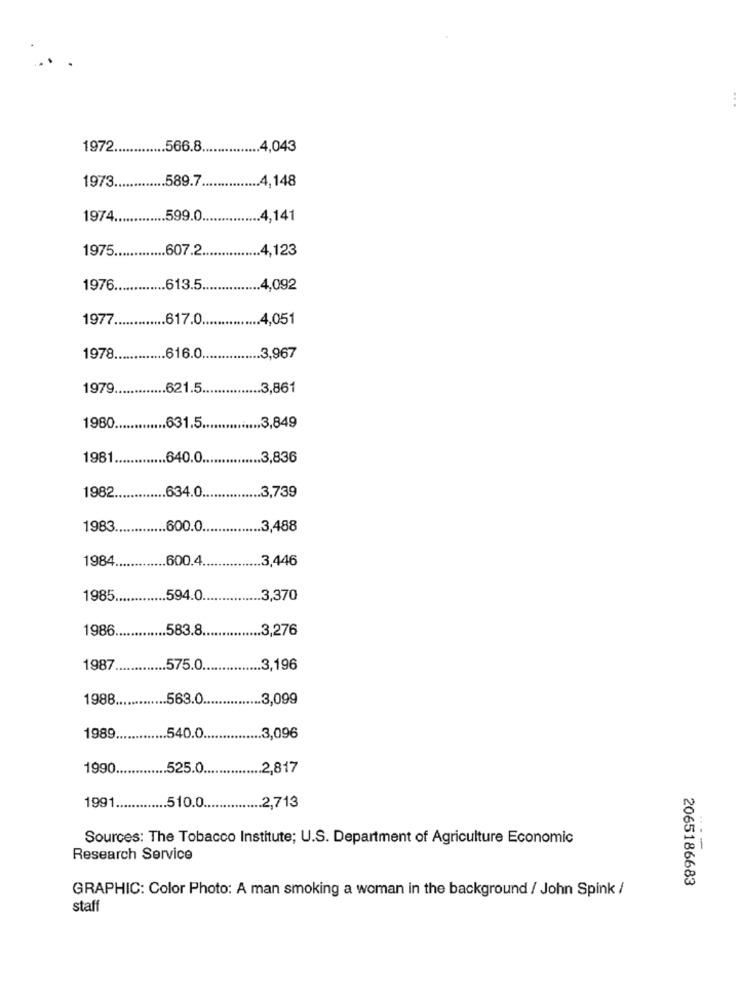
1972 .........
.... 566.8
.... 4,043
1973
.. 589.7.
4,148
1974 ..
.. 599.0.
4,141
1975 ....
... 607.2.
... 4,123
1976 ..
.. 613.5
.4,092
1977 ...
.. 617.0.
... 4,051
1978 ..
.616.0.
.. 3,967
1979 ..
.. 621.5.
.. 3,861
1980.
.. 631.5.
.. 3,849
1981
.640.0.
.3,836
1982
.. 634.0.
... 3,739
1983 ..
.. 600.0
.3,488
1984
.. 600.4.
3,446
1985 ..
.. 594.0.
.3,370
1986.
.583.8 ...
.... 3,276
1987
.575.0.
... 3,196
1988 ..
.563.0.
.3,099
1989.
.540.0.
... 3,096
1990.
.. 525.0.
.... 2,817
1991.
.. 510.0.
... 2,713
Sources: The Tobacco Institute; U.S. Department of Agriculture Economic
---
Research Service
2065186683
GRAPHIC: Color Photo: A man smoking a woman in the background / John Spink /
staff